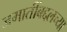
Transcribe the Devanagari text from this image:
जमातींबद्दलच्या